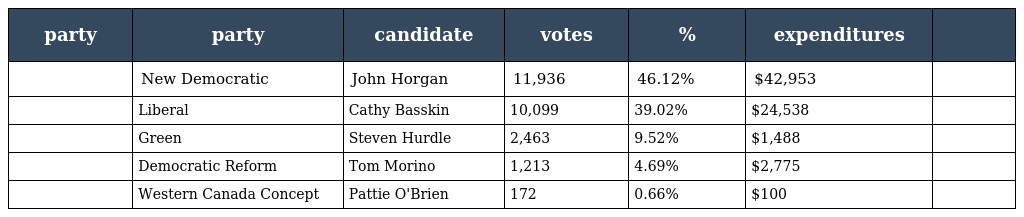
| party | party | candidate | votes | % | expenditures |  |
 | --- | --- | --- | --- | --- | --- | --- |
 |  | New Democratic | John Horgan | 11,936 | 46.12% | $42,953 |  |
 |  | Liberal | Cathy Basskin | 10,099 | 39.02% | $24,538 |  |
 |  | Green | Steven Hurdle | 2,463 | 9.52% | $1,488 |  |
 |  | Democratic Reform | Tom Morino | 1,213 | 4.69% | $2,775 |  |
 |  | Western Canada Concept | Pattie O'Brien | 172 | 0.66% | $100 |  |